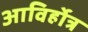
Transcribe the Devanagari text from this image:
आविर्होत्र